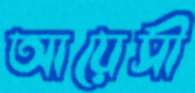
আয়েসী